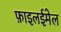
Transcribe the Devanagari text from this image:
फ़ाइलईमेल